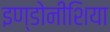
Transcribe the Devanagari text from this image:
इण्डोनीशिया